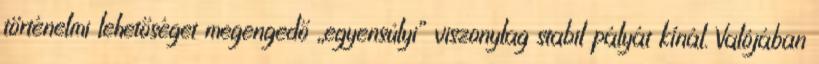
történelmi lehetőséget megengedő „egyensúlyi” viszonylag stabil pályát kínál. Valójában